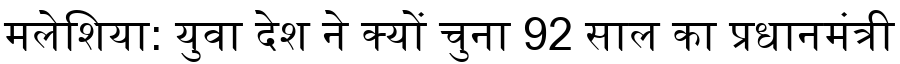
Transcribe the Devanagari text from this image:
मलेशिया: युवा देश ने क्यों चुना 92 साल का प्रधानमंत्री